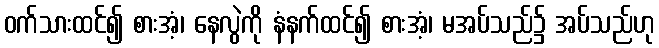
ဝက်သားထင်၍ စားအံ့၊ နေလွဲကို နံနက်ထင်၍ စားအံ့၊ မအပ်သည်၌ အပ်သည်ဟု